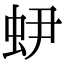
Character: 𧉅